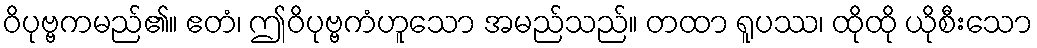
ဝိပုဗ္ဗကမည်၏။ ဧတံ၊ ဤဝိပုဗ္ဗကံဟူသော အမည်သည်။ တထာ ရူပဿ၊ ထိုထို ယိုစီးသော